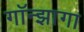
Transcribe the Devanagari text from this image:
गॉन्झागा